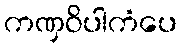
ကဏှဝိပါကံပေ